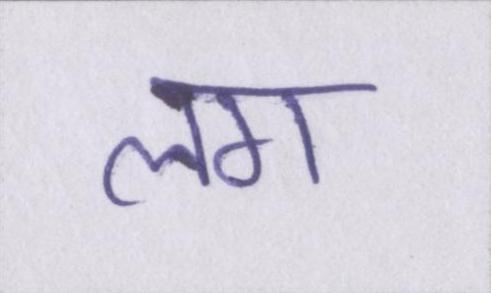
लग